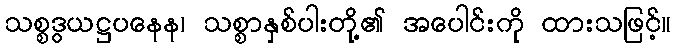
သစ္စဒွယဋ္ဌပနေန၊ သစ္စာနှစ်ပါးတို့၏ အပေါင်းကို ထားသဖြင့်။